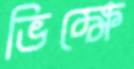
ভিক্ষে